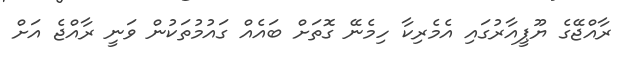
ރާއްޖޭގެ ޔޫޕީއާރުގައި އެމެރިކާ ހިމެނޭ ގޮތަށް ބައެއް ގައުމުތަކުން ވަނީ ރާއްޖެ އަށް